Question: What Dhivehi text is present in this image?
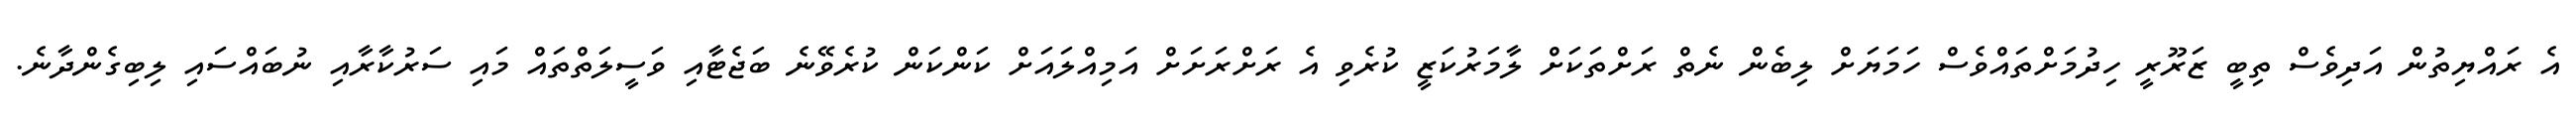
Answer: އެ ރައްޔިތުން އަދިވެސް ތިބީ ޒަރޫރީ ހިދުމަށްތައްވެސް ހަމަޔަށް ލިބެން ނެތް ރަށްތަކަށް ލާމަރުކަޒީ ކުރެވި އެ ރަށްރަށަށް އަމިއްލައަށް ކަންކަން ކުރެވޭނެ ބަޖެޓާއި ވަސީލަތްތައް މައި ސަރުކާރާއި ނުބައްސައި ލިބިގެންދާނެ.